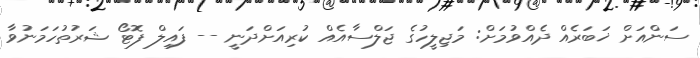
ސަންއަށް ޚަބަރެއް ދެއްވުމަށް: މަޖިލީހުގެ ޖަލްސާއެއް ކުރިއަށްދަނީ -- ފައިލް ފޮޓޯ ޝަރުތުހަމަނުވާ